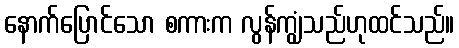
နောက်ပြောင်သော စကားက လွန်ကျွံသည်ဟုထင်သည်။